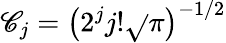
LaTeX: \mathscr{C}_{j}=\big(2^{j}j!\sqrt{}{{\pi}}\big)^{-1/2}